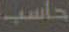
حاسب